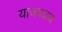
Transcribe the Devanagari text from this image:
याजवळच